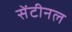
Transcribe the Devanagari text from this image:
सेंटीनल